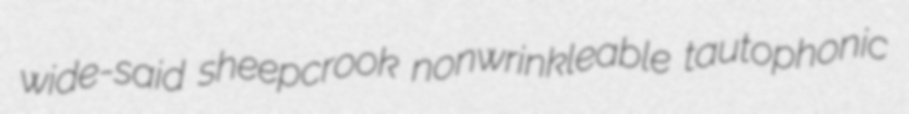
wide-said sheepcrook nonwrinkleable tautophonic